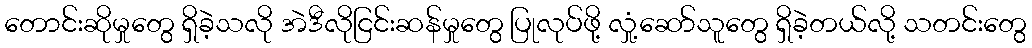
တောင်းဆိုမှုတွေ ရှိခဲ့သလို အဲဒီလိုငြင်းဆန်မှုတွေ ပြုလုပ်ဖို့ လှုံ့ဆော်သူတွေ ရှိခဲ့တယ်လို့ သတင်းတွေ